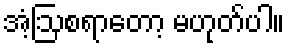
အံ့ဩစရာတော့ မဟုတ်ပါ။